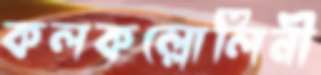
কলকল্লোলিনী